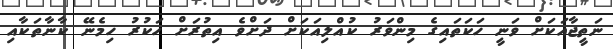
ނަތީޖާއަކަށް ވަނީ ހަކަތައިގެ މިންވަރު ކުއްލިއަކަށް ދަށްވެ އިތުރަށް ހަކުރު ހިމެނޭ ކާނާތަކާއި